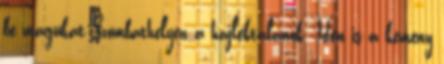
be magukat Szombathelyen a hajléktalanok. Idén is a kemény